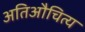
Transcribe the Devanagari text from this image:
अतिऔचित्य